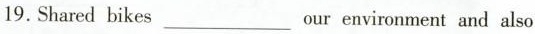
19. Shared bikes ___ our environment and also